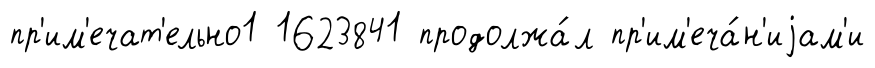
пр'им'ечат'ельно1 1623841 продолжа́л пр'им'еча́н'иjам'и